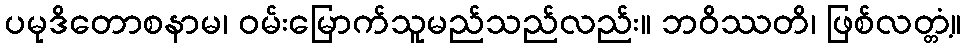
ပမုဒိတောစနာမ၊ ဝမ်းမြောက်သူမည်သည်လည်း။ ဘဝိဿတိ၊ ဖြစ်လတ္တံ့။